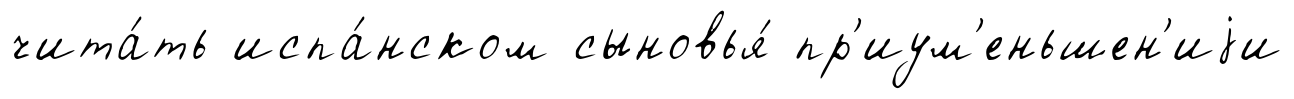
чита́ть испа́нском сыновья́ пр'иум'еньшен'иjи